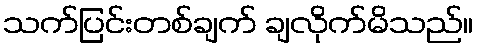
သက်ပြင်းတစ်ချက် ချလိုက်မိသည်။